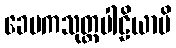
ခေမကသုတ္တပါဠိယာပိ